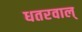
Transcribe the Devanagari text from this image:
धतरवाल्